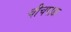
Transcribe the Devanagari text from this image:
चीचपाडा